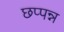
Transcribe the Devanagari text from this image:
छप्पन्न